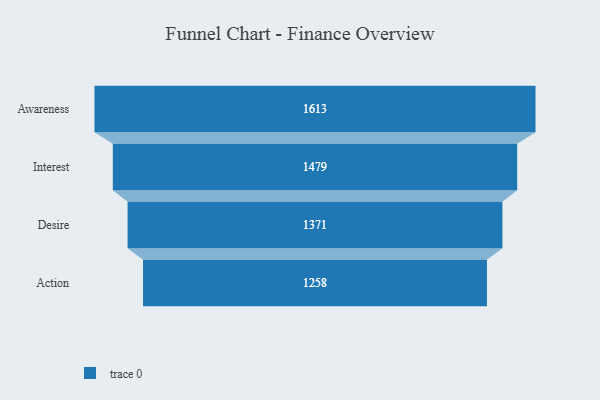
{"axis": {"x": "Stage", "y": "Value"}, "legend": [""], "data": [{"x": "Awareness", "y": 1613.0, "type": ""}, {"x": "Interest", "y": 1479.0, "type": ""}, {"x": "Desire", "y": 1371.0, "type": ""}, {"x": "Action", "y": 1258.0, "type": ""}]}